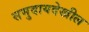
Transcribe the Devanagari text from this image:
समुदायदेखील